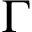
\Gamma